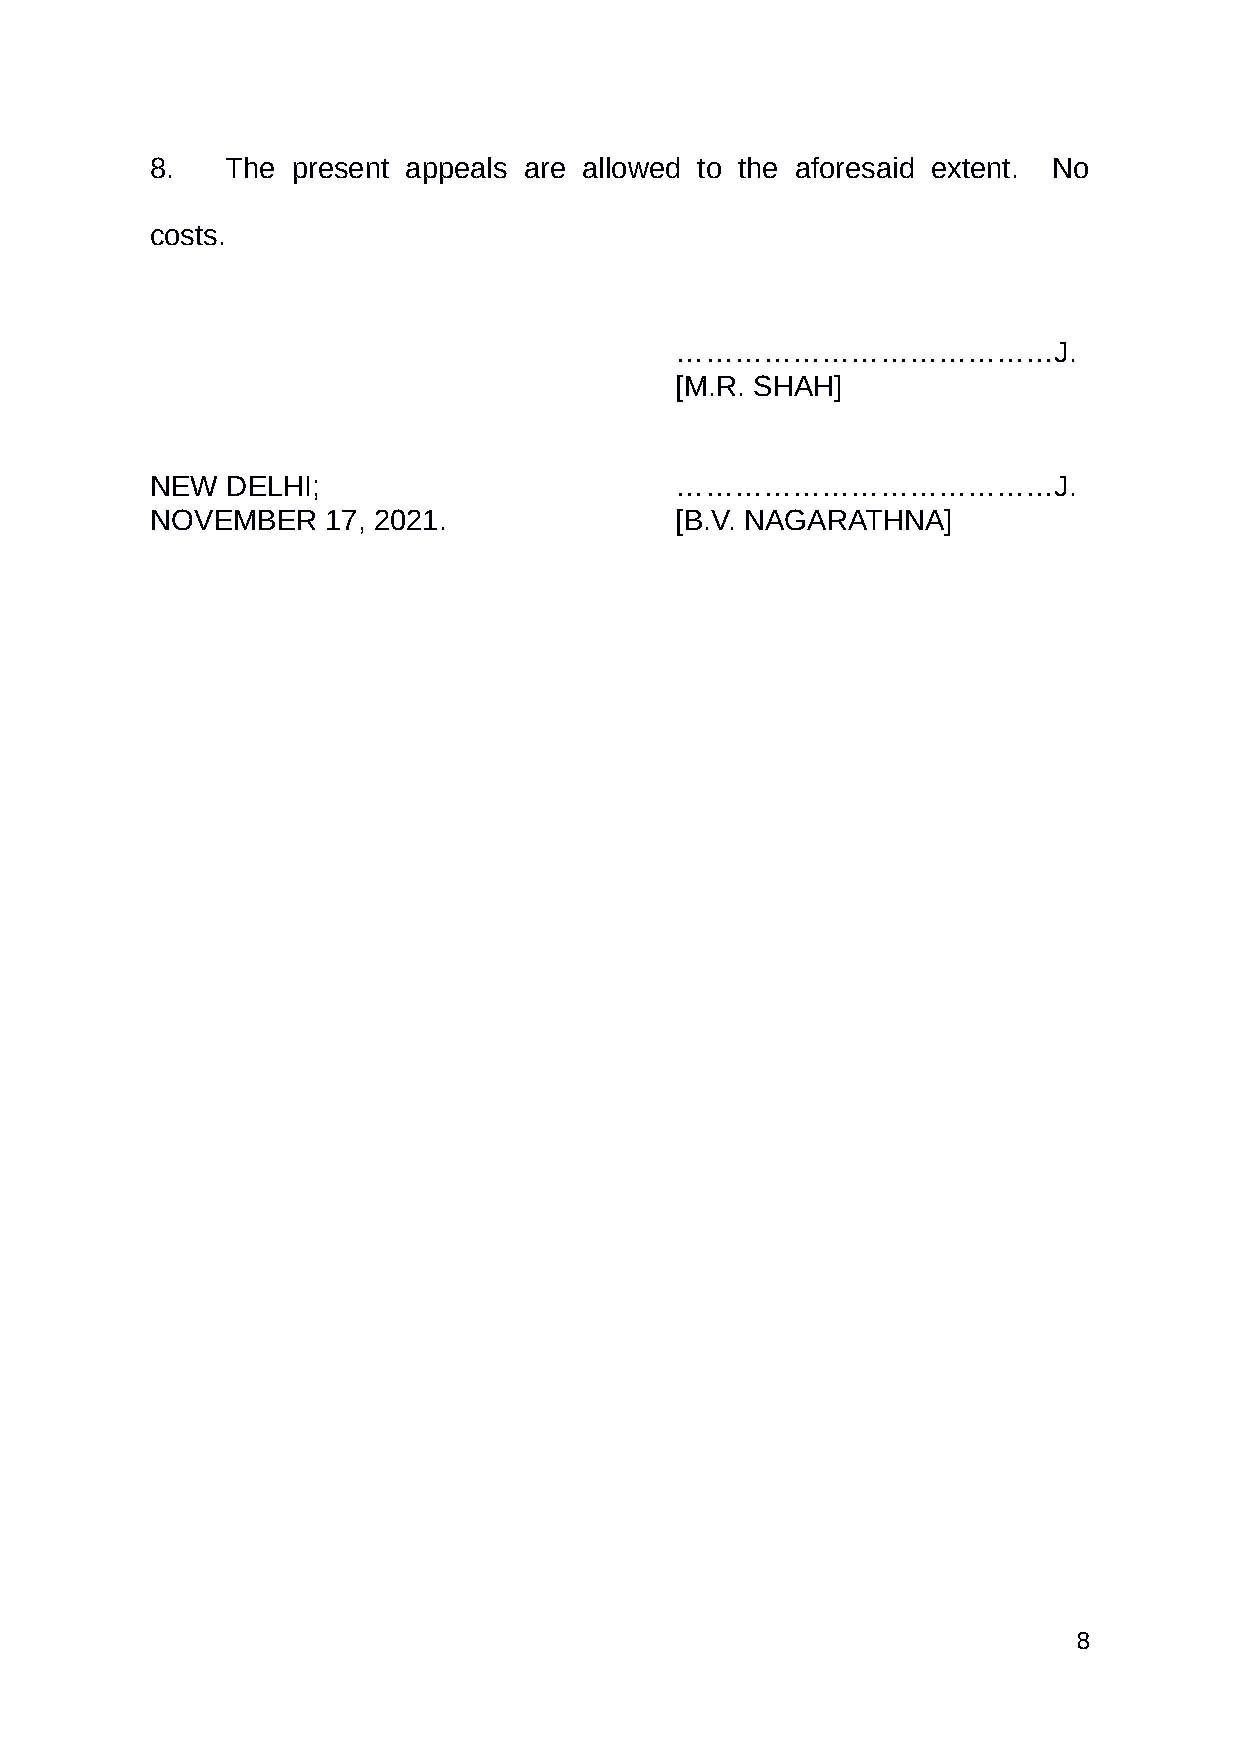
8.   The present appeals are allowed to the aforesaid extent. No
 costs.
 …………………………………J.
 [M.R. SHAH]
 NEW  DELHI;                        …………………………………J.
 NOVEMBER    17, 2021.              [B.V. NAGARATHNA]
 8